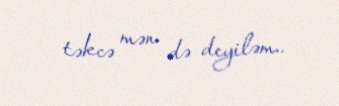
təkcə mən də deyiləm..